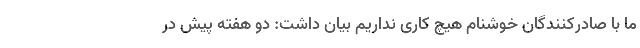
ما با صادرکنندگان خوشنام هیچ کاری نداریم بیان داشت: دو هفته پیش در